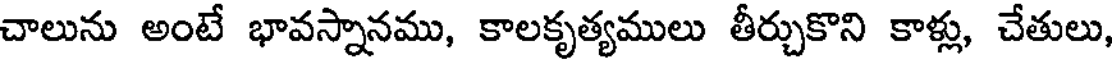
చాలును అంటే భావస్నానము, కాలకృత్యములు తీర్చుకొని కాళ్లు, చేతులు,